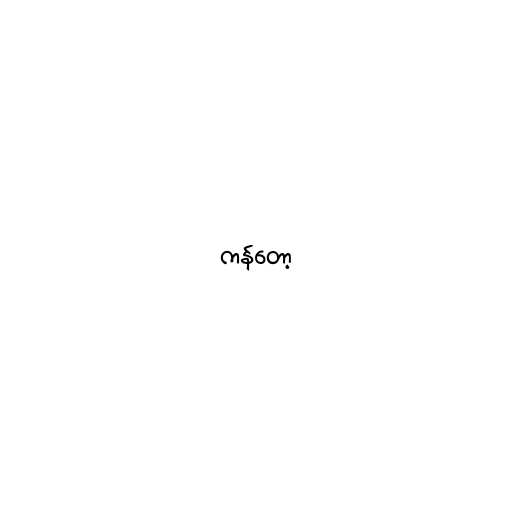
ကန်တော့